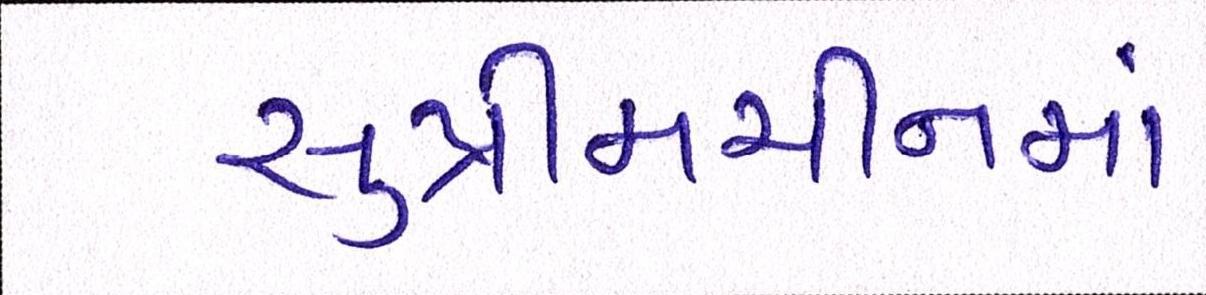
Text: સુપ્રીમચીનમાં